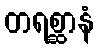
တရစ္ဆာနံ